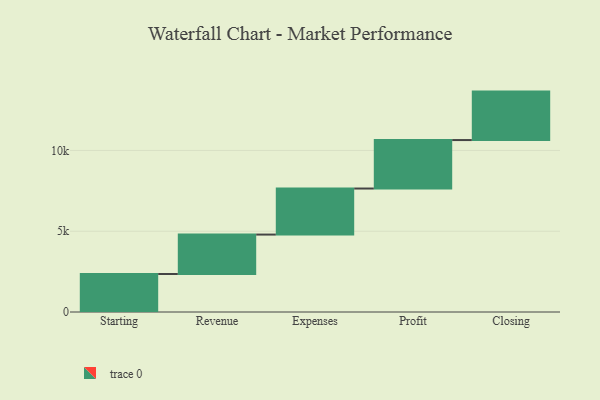
{"axis": {"x": "Step", "y": "Value"}, "legend": [""], "data": [{"x": "Starting", "y": 2352.0, "type": ""}, {"x": "Revenue", "y": 2441.0, "type": ""}, {"x": "Expenses", "y": 2850.0, "type": ""}, {"x": "Profit", "y": 3000, "type": ""}, {"x": "Closing", "y": 3000, "type": ""}]}